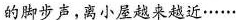
的脚步声，离小屋越来越近……